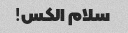
سلام الکس!